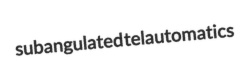
subangulated telautomatics